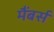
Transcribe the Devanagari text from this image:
मैंबर्स